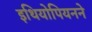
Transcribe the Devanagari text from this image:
इथियोपियनने